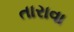
તારાવા